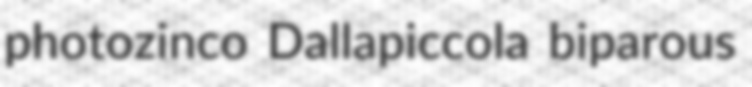
photozinco Dallapiccola biparous